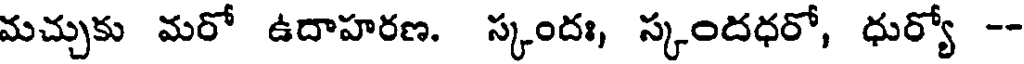
మచ్చుకు మరో ఉదాహరణ. స్కందః, స్కందధరో, ధుర్యో --